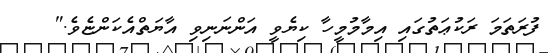
ފުރަތަމަ ރަކުޢަތުގައި އިމާމުމީހާ ކިޔެވީ އަންނަނިވި އާޔަތްއެކަންޏެވެ."